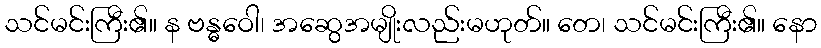
သင်မင်းကြီး၏။ န ဗန္ဓဝေါ၊ အဆွေအမျိုးလည်းမဟုတ်။ တေ၊ သင်မင်းကြီး၏။ နော